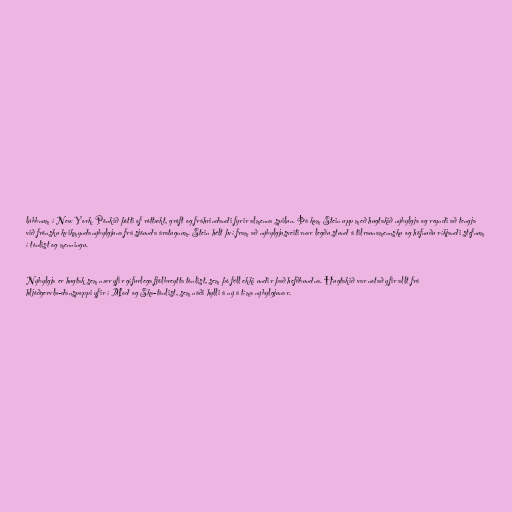
lúbbnum í New York. Pönkið þótti of róttækt, gróft og fráhrindandi fyrir almenna spilun. Þá kom Stein upp með hugtakið nýbylgja og reyndi að tengja
við frönsku kvikmyndanýbylgjuna frá sjöunda áratugnum. Stein hélt því fram að nýbylgjusveitirnar legðu stund á tilraunamennsku og höfnuðu ríkjandi stefnum
í tónlist og menningu.

Nýbylgja er hugtak sem nær yfir gífurlega fjölbreytta tónlist, sem þó féll ekki undir það hefðbundna. Hugtakið var notað yfir allt frá
hljóðgervla-danspoppi yfir í Mod og Ska-tónlist, sem náði hylli á ný á tíma nýbylgjunar.